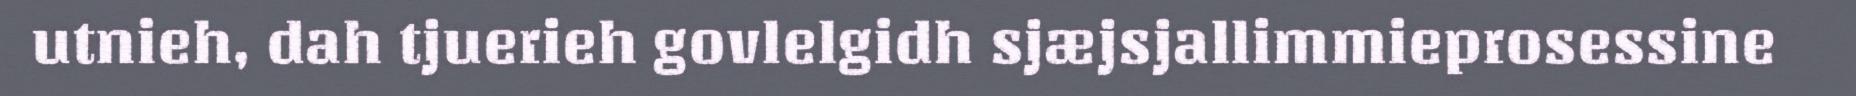
utnieh, dah tjuerieh govlelgidh sjæjsjallimmieprosessine